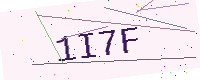
Text: 1I7F